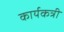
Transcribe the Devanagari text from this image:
कार्यकत्री